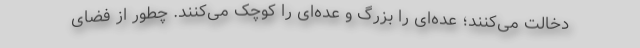
دخالت می‌کنند؛ عده‌ای را بزرگ و عده‌ای را کوچک می‌کنند. چطور از فضای